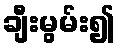
ချီးမွမ်း၍